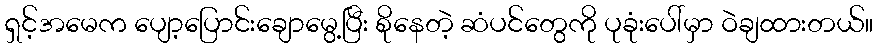
ရှင့်အမေက ပျော့ပြောင်းချောမွေ့ပြီး စိုနေတဲ့ ဆံပင်တွေကို ပုခုံးပေါ်မှာ ဝဲချထားတယ်။